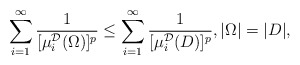
\begin{align*}\sum_{i=1}^{\infty}\frac{1}{[\mu_{i}^{\mathcal{D}}(\Omega)]^{p}}\leq \sum_{i=1}^{\infty}\frac{1}{[\mu_{i}^{\mathcal{D}}(D)]^{p}},|\Omega|=|D|, \end{align*}